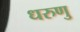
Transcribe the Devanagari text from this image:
धरुणु